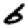
Digit: 6